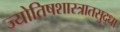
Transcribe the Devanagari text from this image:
ज्योतिषशास्त्रातसुद्धा